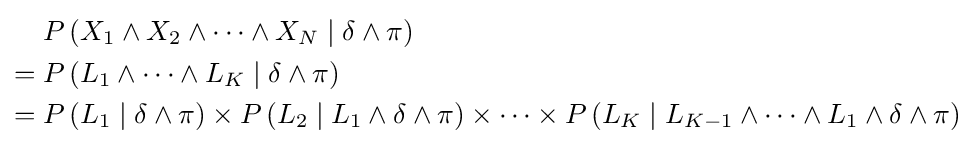
{\begin{aligned}&P\left(X_{1}\wedge X_{2}\wedge \cdots \wedge X_{N}\mid \delta \wedge \pi \right)\\={}&P\left(L_{1}\wedge \cdots \wedge L_{K}\mid \delta \wedge \pi \right)\\={}&P\left(L_{1}\mid \delta \wedge \pi \right)\times P\left(L_{2}\mid L_{1}\wedge \delta \wedge \pi \right)\times \cdots \times P\left(L_{K}\mid L_{K-1}\wedge \cdots \wedge L_{1}\wedge \delta \wedge \pi \right)\end{aligned}}